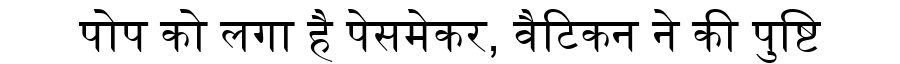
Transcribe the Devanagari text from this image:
पोप को लगा है पेसमेकर, वैटिकन ने की पुष्टि